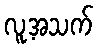
လူ့အသက်